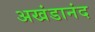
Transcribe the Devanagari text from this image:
अखंडानंद